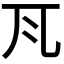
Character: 𭀝